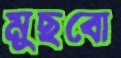
মুছবো